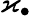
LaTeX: \varkappa_{\bullet}